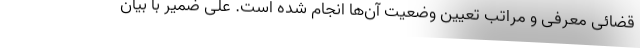
قضائی معرفی و مراتب تعیین وضعیت آن‌ها انجام شده است. علی ضمیر با بیان